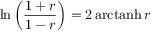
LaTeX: \ln \left( { \frac { 1 + r } { 1 - r } } \right) = 2 \operatorname { a r c t a n h } r